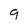
Character: g